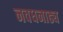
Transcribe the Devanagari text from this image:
नवधनाढ्य